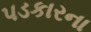
પડકારના